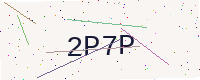
Text: 2P7P